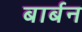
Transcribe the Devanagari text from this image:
बार्बन